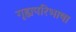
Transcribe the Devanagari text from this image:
गृह्यपरिभाषा